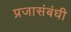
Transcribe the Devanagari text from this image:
प्रजासंबंधी